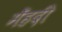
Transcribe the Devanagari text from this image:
मेँहदी